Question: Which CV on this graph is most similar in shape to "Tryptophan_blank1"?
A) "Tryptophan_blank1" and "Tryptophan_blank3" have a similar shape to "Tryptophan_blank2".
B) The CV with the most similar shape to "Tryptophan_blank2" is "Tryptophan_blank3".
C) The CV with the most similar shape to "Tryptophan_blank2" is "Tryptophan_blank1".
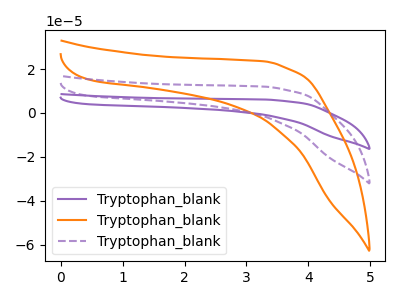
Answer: <think>The purple curve "Tryptophan_blank1" has no peaks. The orange curve "Tryptophan_blank2" has no peaks. The purple dashed curve "Tryptophan_blank3" has no peaks.
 Neither "Tryptophan_blank1" or "Tryptophan_blank2" have any peaks. Neither "Tryptophan_blank1" or "Tryptophan_blank3" have any peaks. Neither "Tryptophan_blank2" or "Tryptophan_blank3" have any peaks.</think>
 <answer>A) "Tryptophan_blank1" and "Tryptophan_blank3" have a similar shape to "Tryptophan_blank2".</answer>
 <eval>A</eval>